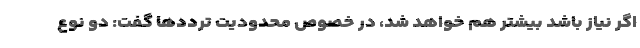
اگر نیاز باشد بیشتر هم خواهد شد، در خصوص محدودیت ترددها گفت: دو نوع